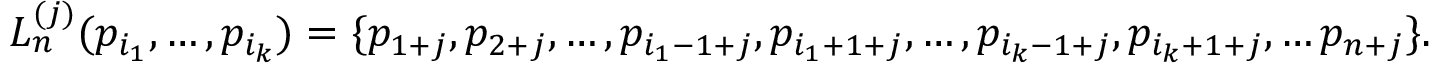
L _ { n } ^ { ( j ) } ( p _ { i _ { 1 } } , \ldots , p _ { i _ { k } } ) = \{ p _ { 1 + j } , p _ { 2 + j } , \ldots , p _ { i _ { 1 } - 1 + j } , p _ { i _ { 1 } + 1 + j } , \ldots , p _ { i _ { k } - 1 + j } , p _ { i _ { k } + 1 + j } , \ldots p _ { n + j } \} .